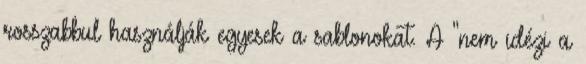
rosszabbul használják egyesek a sablonokat. A "nem idézi a